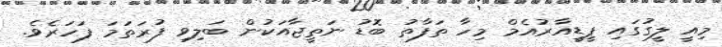
މިއީ ލީގުގައި ޕީޑީއާރުއެމް މިހާ ތަފާތު ބޮޑު ނަތީޖާއަކުން ބަލިވި ފުރަތަމަ ފަހަރެވެ.